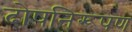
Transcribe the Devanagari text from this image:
दोषनिरूपण